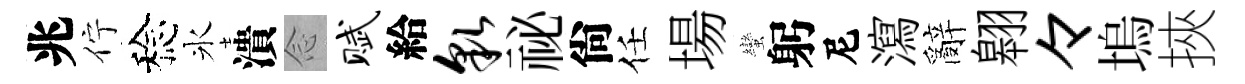
兆佇稔氷潰𫝹赋給貌祕尙任場蠻躬尼瀉辭翱々塢挾